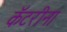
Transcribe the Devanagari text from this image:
कॅटरीना